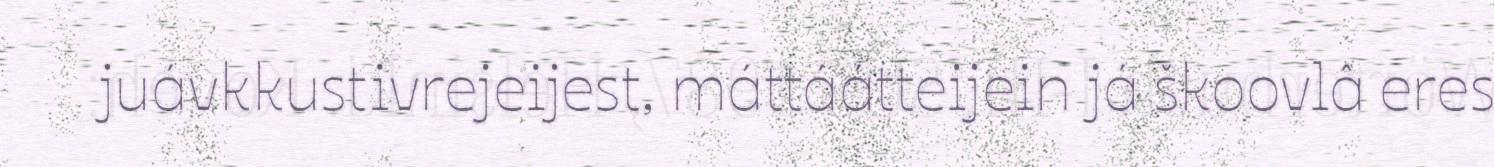
juávkkustivrejeijest, máttáátteijein já škoovlâ eres